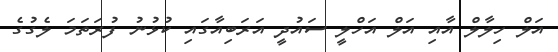
އަލް ހިލާލް އާއި އަލް އަހްލީ ސައުދީ އަރަބިއާގައި ކުޅުުނު ފުރަތަމަ ލެގުގެ